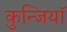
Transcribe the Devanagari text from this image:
कुन्जियाॅ